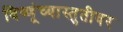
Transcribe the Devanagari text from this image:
विष्णूंच्यास्तुतीवर